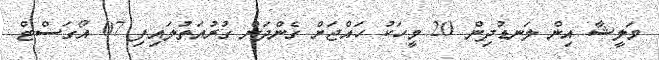
މަލީޝާ އިން ލަނޑުދިން 20 މީހަކު ހައްޖަށް ގެންދަން ގުރުއަތުލައިފި 07 އޯގަސްޓް